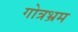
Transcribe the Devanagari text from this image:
गोत्रभ्रम